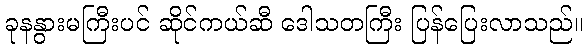
ခုနနွားမကြီးပင် ဆိုင်ကယ်ဆီ ဒေါသတကြီး ပြန်ပြေးလာသည်။